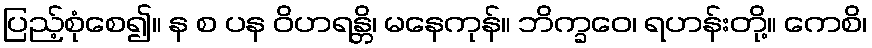
ပြည့်စုံစေ၍။ န စ ပန ဝိဟရန္တိ၊ မနေကုန်။ ဘိက္ခဝေ၊ ရဟန်းတို့။ ကေစိ၊